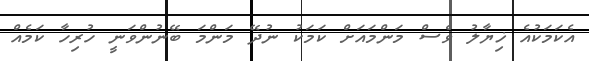
އެކަމަކުއެ ޚިޔާލު ވެސް މަންމައަށް ކަމަކު ނުދޭ މަންމަ ބޭނުންވަނީ ހުރިހާ ކަމެއް